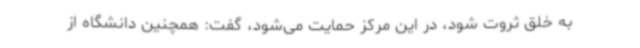
به خلق ثروت شود، در این مرکز حمایت می‌شود، گفت: همچنین دانشگاه از